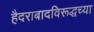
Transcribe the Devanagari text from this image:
हैदराबादविरूद्धच्या